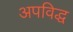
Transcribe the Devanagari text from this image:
अपविद्ध